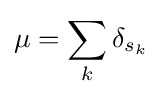
\mu =\sum _{k}\delta _{s_{k}}